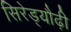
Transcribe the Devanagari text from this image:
सिरेड्यौढ़ी